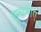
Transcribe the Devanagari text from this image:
सूचनांए